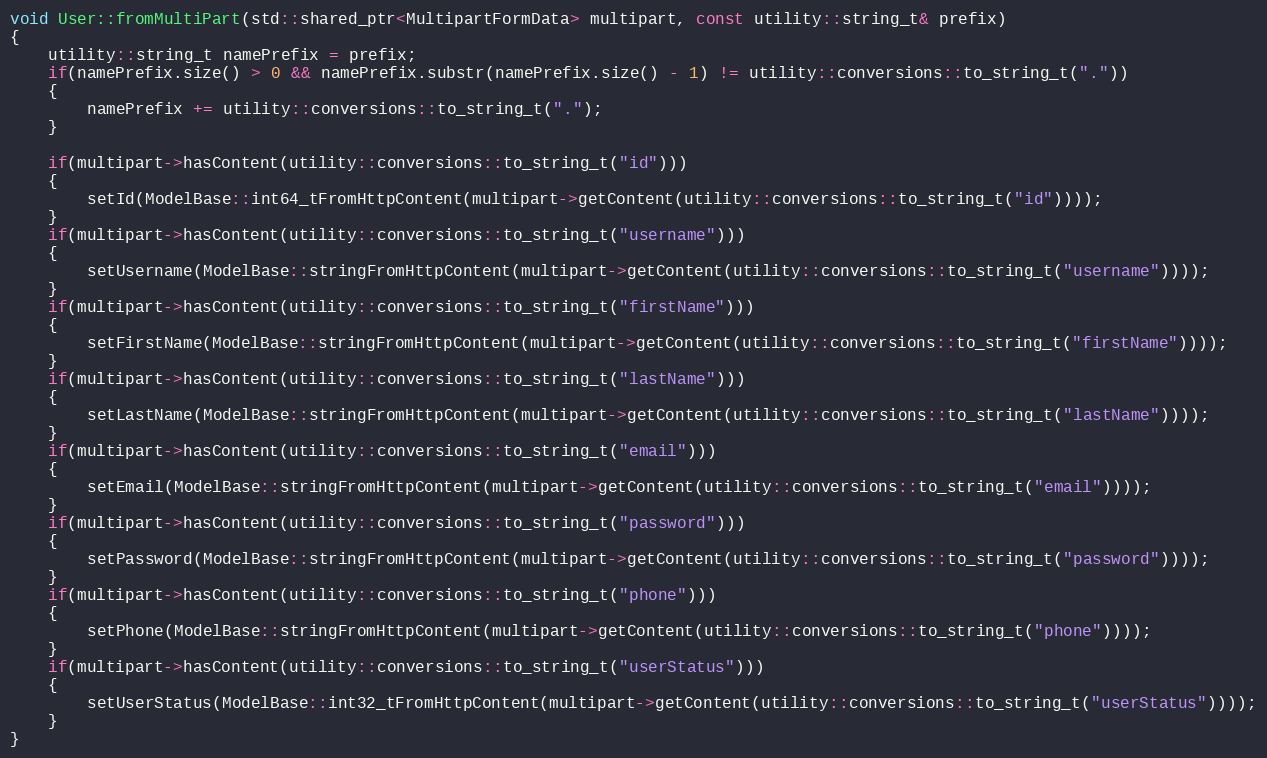
Language: C++
void User::fromMultiPart(std::shared_ptr<MultipartFormData> multipart, const utility::string_t& prefix)
{
    utility::string_t namePrefix = prefix;
    if(namePrefix.size() > 0 && namePrefix.substr(namePrefix.size() - 1) != utility::conversions::to_string_t("."))
    {
        namePrefix += utility::conversions::to_string_t(".");
    }

    if(multipart->hasContent(utility::conversions::to_string_t("id")))
    {
        setId(ModelBase::int64_tFromHttpContent(multipart->getContent(utility::conversions::to_string_t("id"))));
    }
    if(multipart->hasContent(utility::conversions::to_string_t("username")))
    {
        setUsername(ModelBase::stringFromHttpContent(multipart->getContent(utility::conversions::to_string_t("username"))));
    }
    if(multipart->hasContent(utility::conversions::to_string_t("firstName")))
    {
        setFirstName(ModelBase::stringFromHttpContent(multipart->getContent(utility::conversions::to_string_t("firstName"))));
    }
    if(multipart->hasContent(utility::conversions::to_string_t("lastName")))
    {
        setLastName(ModelBase::stringFromHttpContent(multipart->getContent(utility::conversions::to_string_t("lastName"))));
    }
    if(multipart->hasContent(utility::conversions::to_string_t("email")))
    {
        setEmail(ModelBase::stringFromHttpContent(multipart->getContent(utility::conversions::to_string_t("email"))));
    }
    if(multipart->hasContent(utility::conversions::to_string_t("password")))
    {
        setPassword(ModelBase::stringFromHttpContent(multipart->getContent(utility::conversions::to_string_t("password"))));
    }
    if(multipart->hasContent(utility::conversions::to_string_t("phone")))
    {
        setPhone(ModelBase::stringFromHttpContent(multipart->getContent(utility::conversions::to_string_t("phone"))));
    }
    if(multipart->hasContent(utility::conversions::to_string_t("userStatus")))
    {
        setUserStatus(ModelBase::int32_tFromHttpContent(multipart->getContent(utility::conversions::to_string_t("userStatus"))));
    }
}